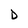
Character: D